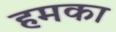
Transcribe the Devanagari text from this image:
हमका